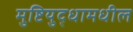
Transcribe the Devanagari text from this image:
मुष्टियुद्धामधील